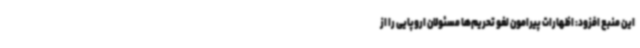
این منبع افزود: اظهارات پیرامون لغو تحریم‌ها مسئولان اروپایی را از